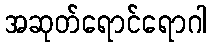
အဆုတ်ရောင်ရောဂါ